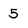
Character: 5